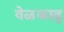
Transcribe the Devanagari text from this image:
वेळकाढु